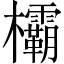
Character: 欛